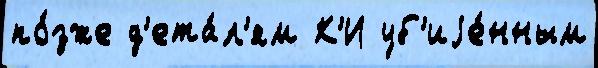
по́зже д'ета́л'ям К'И уб'иjе́нным